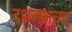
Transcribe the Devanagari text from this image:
दशलक्षच्या